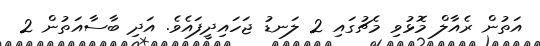
އަތުން ރެއާލް މޮޅުވި މެޗުގައި 2 ލަނޑު ޖަހައިދީފައެވެ. އަދި ބާސާއަތުން 2